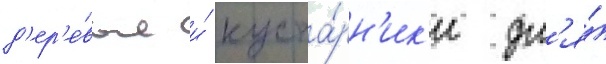
д'ер'е́вья и́ куста́рн'ик'и дл'я́